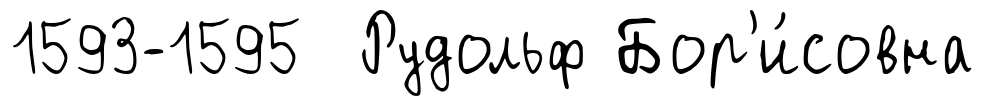
1593-1595 Рудольф Бор'и́совна